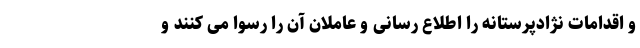
و اقدامات نژادپرستانه را اطلاع رسانی و عاملان آن را رسوا می کنند و